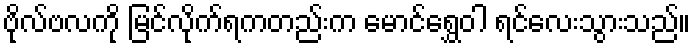
ဗိုလ်ဗလကို မြင်လိုက်ရကတည်းက မောင်ရွှေဝါ ရင်လေးသွားသည်။